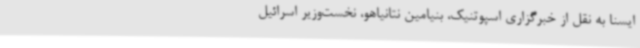
ایسنا به نقل از خبرگزاری اسپوتنیک، بنیامین نتانیاهو، نخست‌وزیر اسرائیل